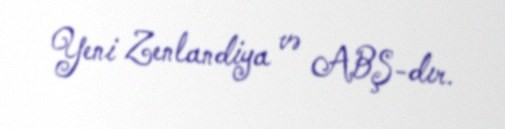
Yeni Zenlandiya və ABŞ-dır.